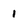
Character: 1